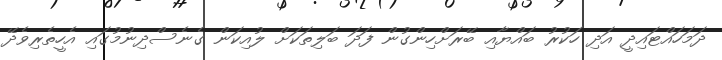
ދަމަހައްޓައިދީ އަދި ހަކުރު ބައްޔާއި ބޭރަށްހިންގުން ފަދަ ބަލިތަކަށް ލުއިކަން ގެނެސްދިނުމުގައި އެހީތެރިވެދޭ